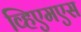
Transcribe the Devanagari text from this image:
व्हिएमएस